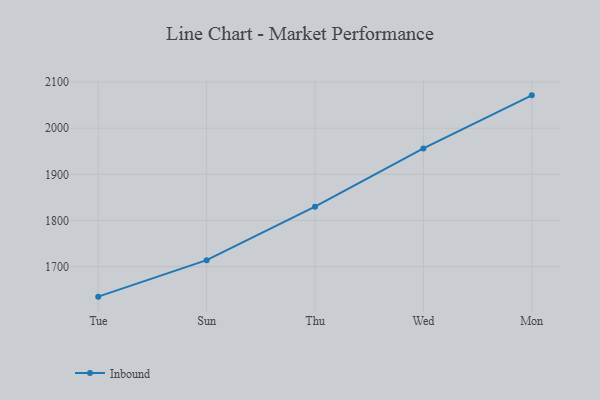
{"axis": {"x": "Day", "y": "Churn Rate (%)"}, "legend": ["Inbound"], "data": [{"x": "Tue", "y": 1634.8, "type": "Inbound"}, {"x": "Sun", "y": 1713.9, "type": "Inbound"}, {"x": "Thu", "y": 1830.0, "type": "Inbound"}, {"x": "Wed", "y": 1956.3, "type": "Inbound"}, {"x": "Mon", "y": 2071.4, "type": "Inbound"}]}